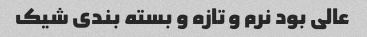
عالی بود نرم و تازه و بسته بندی شیک